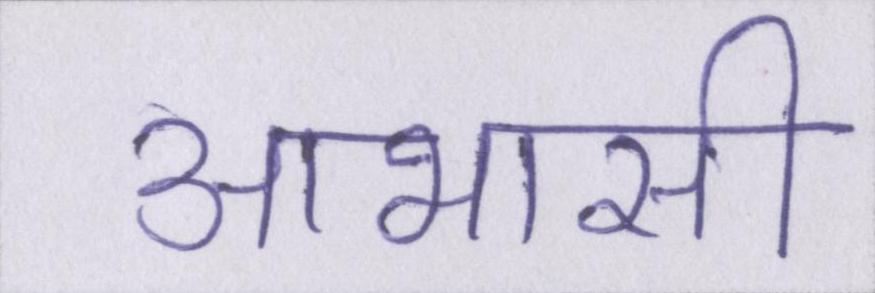
आभासी